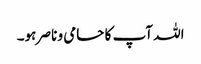
اللہ آپ کا حامی و ناصر ہو۔